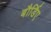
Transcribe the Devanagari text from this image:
बौर्डिए